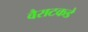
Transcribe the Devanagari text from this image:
वैराटकडे